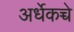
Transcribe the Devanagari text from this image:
अर्धेकच्चे